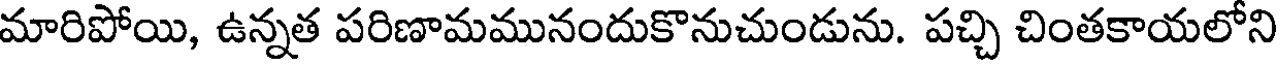
మారిపోయి, ఉన్నత పరిణామమునందుకొనుచుండును. పచ్చి చింతకాయలోని